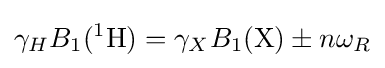
\gamma _{H}B_{1}(^{1}{\text{H}})=\gamma _{X}B_{1}({\text{X}})\pm n\omega _{R}